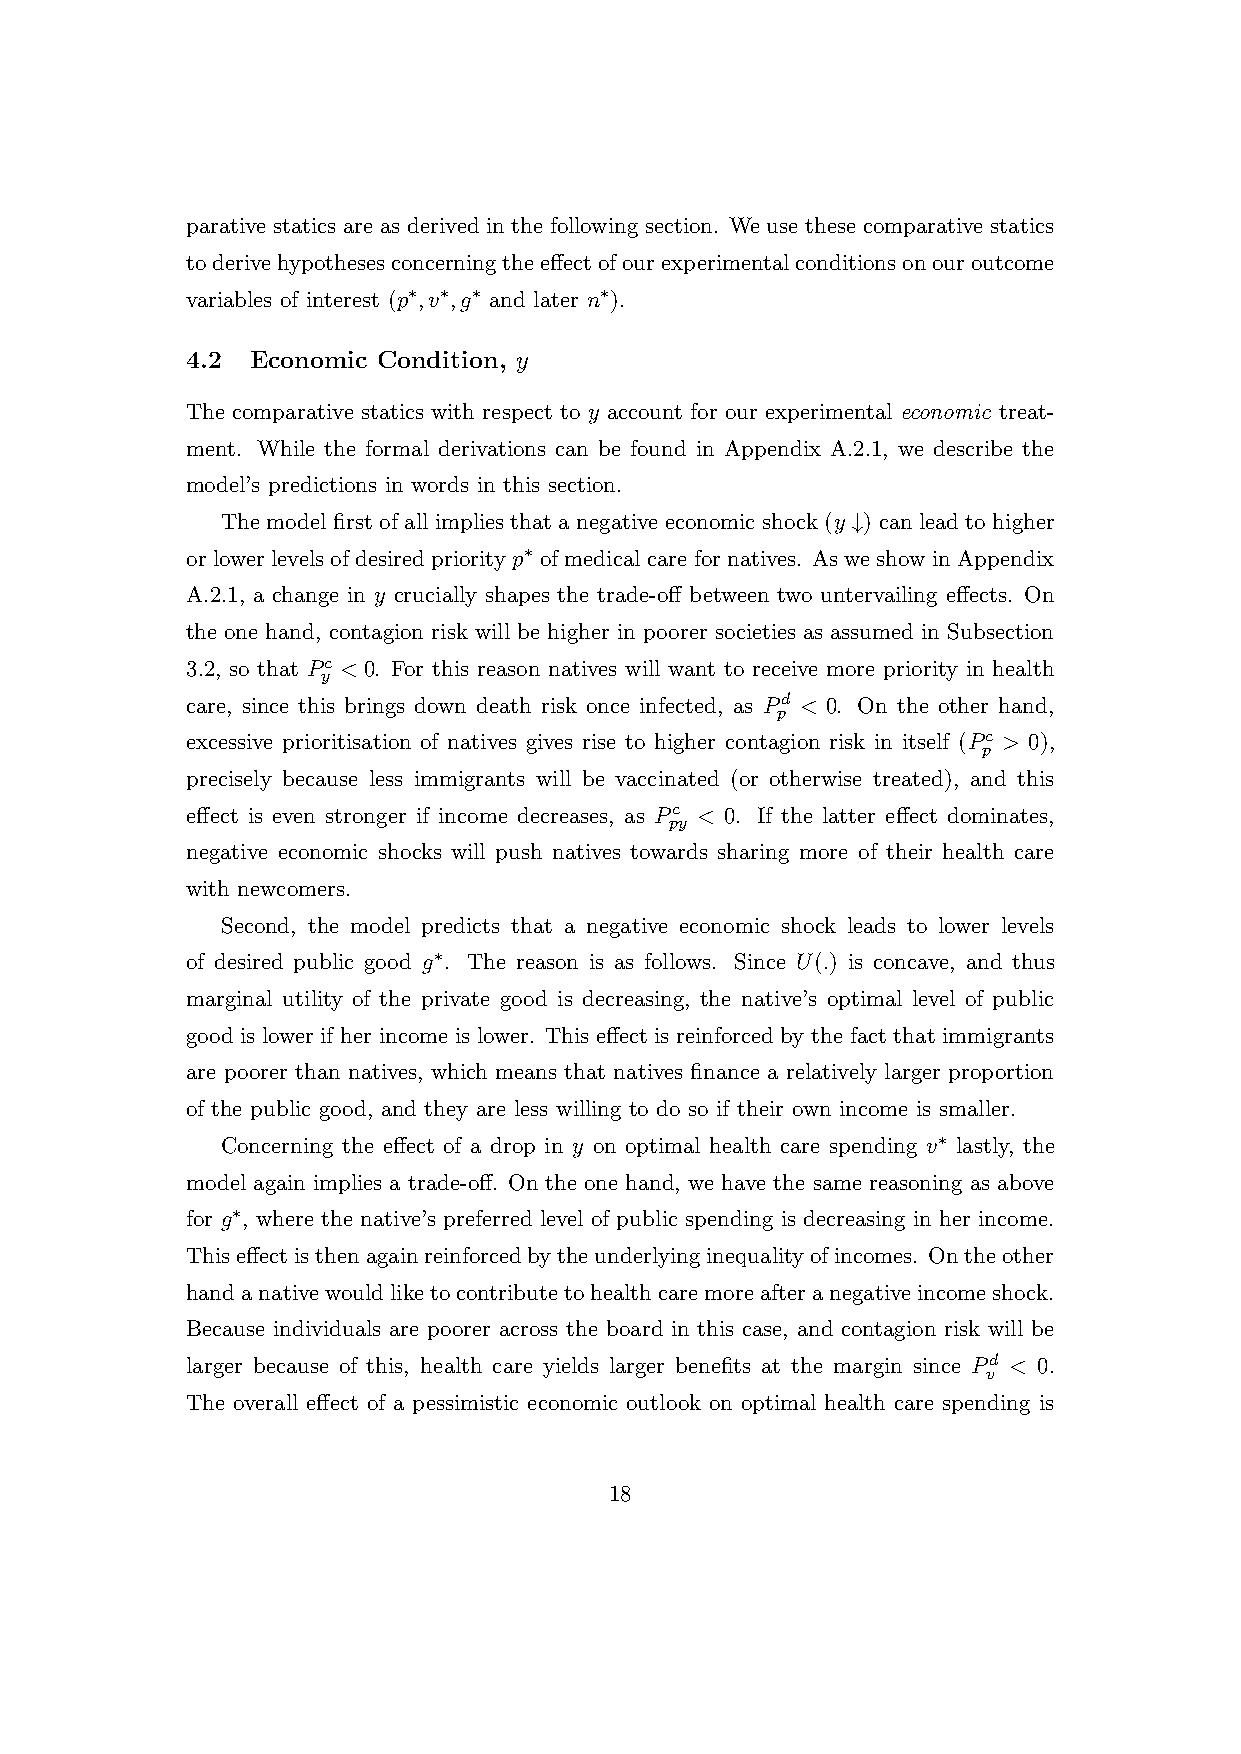
parative statics are as derived in the following section. We use these comparative statics
 toderivehypothesesconcerningtheeffectofourexperimentalconditionsonouroutcome
 variables of interest (p∗,v∗,g∗ and later n∗).
 4.2  Economic Condition, y
 The comparative statics with respect to y account for our experimental economic treat-
 ment. While the formal derivations can be found in Appendix A.2.1, we describe the
 model’s predictions in words in this section.
 The model first of all implies that a negative economic shock (y ↓) can lead to higher
 or lower levels of desired priority p∗ of medical care for natives. As we show in Appendix
 A.2.1, a change in y crucially shapes the trade-off between two untervailing effects. On
 the one hand, contagion risk will be higher in poorer societies as assumed in Subsection
 3.2, so that Pc < 0. For this reason natives will want to receive more priority in health
 y
 care, since this brings down death risk once infected, as Pd < 0. On the other hand,
 p
 excessive prioritisation of natives gives rise to higher contagion risk in itself (Pc > 0),
 p
 precisely because less immigrants will be vaccinated (or otherwise treated), and this
 effect is even stronger if income decreases, as Pc < 0. If the latter effect dominates,
 py
 negative economic shocks will push natives towards sharing more of their health care
 with newcomers.
 Second, the model predicts that a negative economic shock leads to lower levels
 of desired public good g∗. The reason is as follows. Since U(.) is concave, and thus
 marginal utility of the private good is decreasing, the native’s optimal level of public
 good is lower if her income is lower. This effect is reinforced by the fact that immigrants
 are poorer than natives, which means that natives finance a relatively larger proportion
 of the public good, and they are less willing to do so if their own income is smaller.
 Concerning the effect of a drop in y on optimal health care spending v∗ lastly, the
 model again implies a trade-off. On the one hand, we have the same reasoning as above
 for g∗, where the native’s preferred level of public spending is decreasing in her income.
 Thiseffectisthenagainreinforcedbytheunderlyinginequalityofincomes. Ontheother
 handanativewouldliketocontributetohealthcaremoreafteranegativeincomeshock.
 Because individuals are poorer across the board in this case, and contagion risk will be
 larger because of this, health care yields larger benefits at the margin since Pd < 0.
 v
 The overall effect of a pessimistic economic outlook on optimal health care spending is
 18